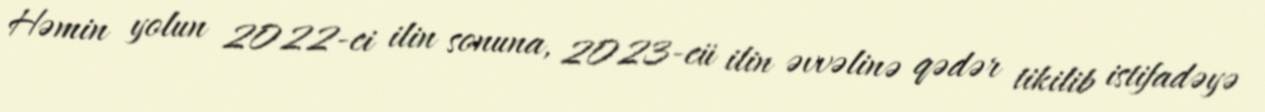
Həmin yolun 2022-ci ilin sonuna, 2023-cü ilin əvvəlinə qədər tikilib istifadəyə